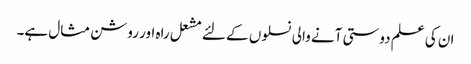
ان کی علم دوستی آنے والی نسلوں کے لئے مشعل راہ اور روشن مثال ہے۔